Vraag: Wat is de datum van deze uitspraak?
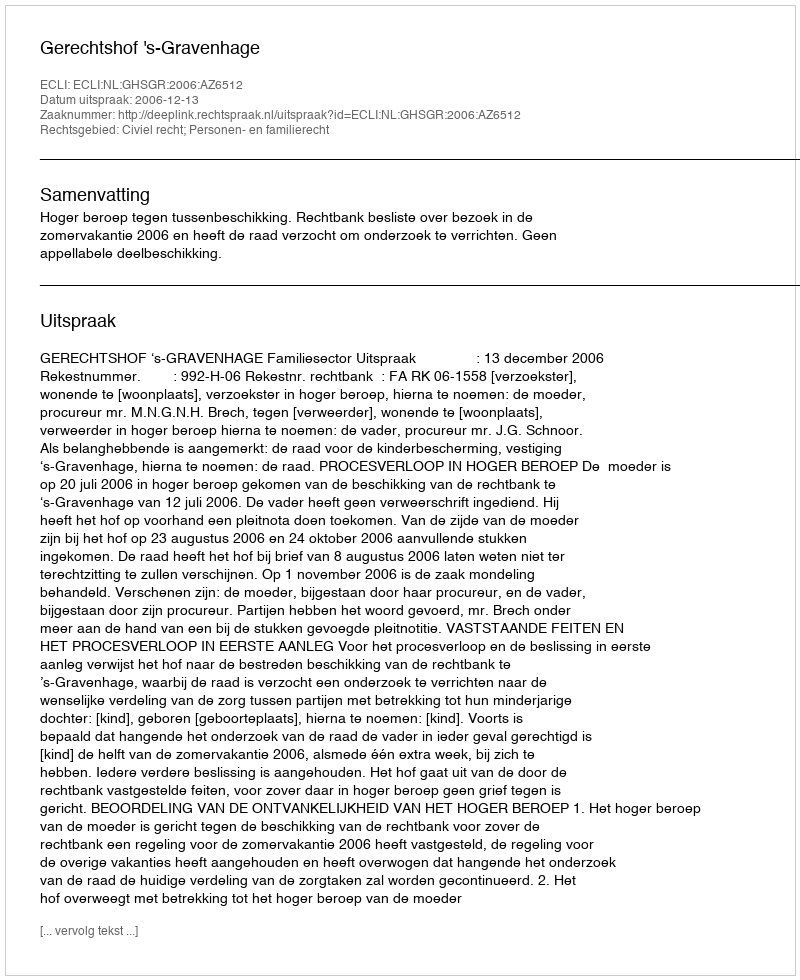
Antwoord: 2006-12-13